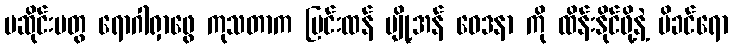
မဆိုင်းမတွ ရောဂါရှာဖွေ ကုသတာက ပြင်းထန် ပျို့အန် ဝေဒနာ ကို ထိန်းနိုင်ဖို့နဲ့ မိခင်ရော